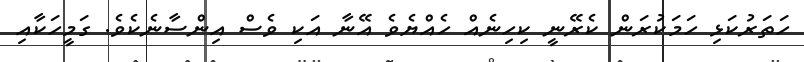
ހަތަރުކަޅި ހަމަކުރަން ކެރޭނީ ކިހިނެއް ހެއްޔެވެ އޭނާ އަކި ވެސް އިންސާނެކެވެ. ގަމީހަކާއި